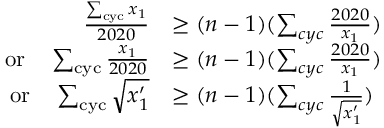
\begin{array} { r l } { \frac { \sum _ { \mathrm { c y c } } x _ { 1 } } { 2 0 2 0 } } & { \geq ( n - 1 ) ( \sum _ { c y c } \frac { 2 0 2 0 } { x _ { 1 } } ) } \\ { \mathrm { o r } \quad \sum _ { \mathrm { c y c } } \frac { x _ { 1 } } { 2 0 2 0 } } & { \geq ( n - 1 ) ( \sum _ { c y c } \frac { 2 0 2 0 } { x _ { 1 } } ) } \\ { \mathrm { o r } \quad \sum _ { \mathrm { c y c } } \sqrt { x _ { 1 } ^ { \prime } } } & { \geq ( n - 1 ) ( \sum _ { c y c } \frac { 1 } { \sqrt { x _ { 1 } ^ { \prime } } } ) } \end{array}